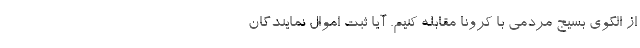
از الگوی بسیج مردمی با کرونا مقابله کنیم. آیا ثبت اموال نمایندگان